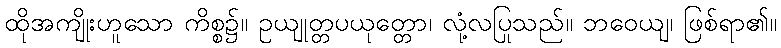
ထိုအကျိုးဟူသော ကိစ္စ၌။ ဥယျုတ္တပယုတ္တော၊ လုံ့လပြုသည်။ ဘဝေယျ၊ ဖြစ်ရာ၏။